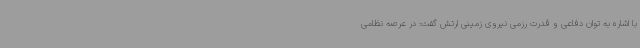
با اشاره به توان دفاعی و قدرت رزمی نیروی زمینی ارتش گفت: در عرصه نظامی